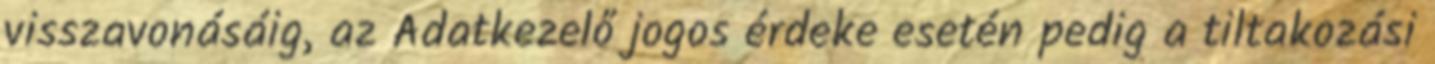
visszavonásáig, az Adatkezelő jogos érdeke esetén pedig a tiltakozási